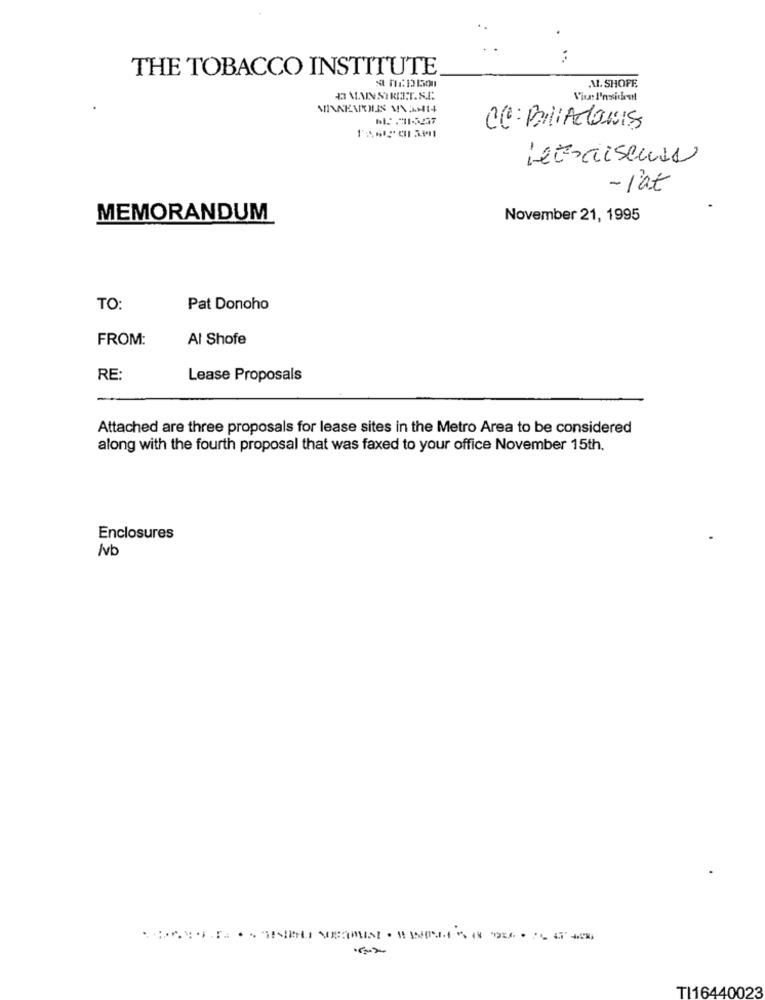
THE TOBACCO INSTITUTE
ML. SHOPE
MAINSTRITT.S.C.
VIMEVOIS VANN
CC: BillAdonis
Letraiseurs
- l'at
MEMORANDUM
November 21, 1995
TO:
Pat Donoho
FROM:
Al Shofe
RE:
Lease Proposals
Attached are three proposals for lease sites in the Metro Area to be considered
along with the fourth proposal that was faxed to your office November 15th.
Enclosures
/vb
TI16440023